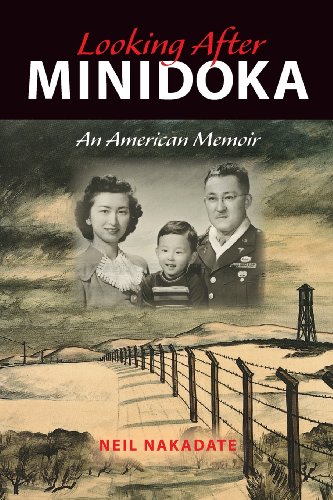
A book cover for Looking After Minidoka: An American Memoir (Break Away Books); Neil Nakadate; Biographies & Memoirs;